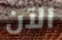
الآن